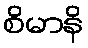
စိမာနိ